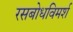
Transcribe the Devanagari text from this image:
रसबोधविमर्श